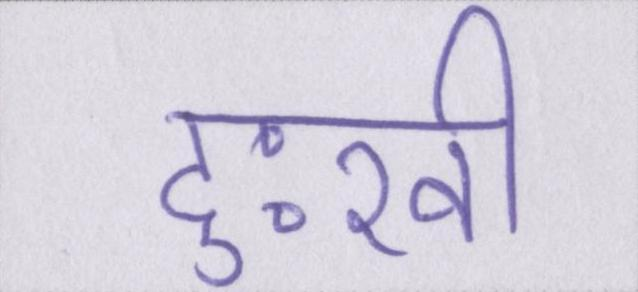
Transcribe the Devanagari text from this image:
दुःखी